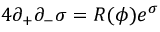
4 \partial _ { + } \partial _ { - } \sigma = R ( \phi ) e ^ { \sigma }